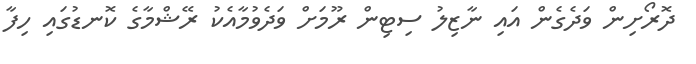
ދޮރޯށިން ވަދެގެން އައި ނާޒިލު ސިޓިން ރޫމަށް ވަދެވުމާއެކު ރޭޝްމާގެ ކޮނޑުގައި ހިފާ